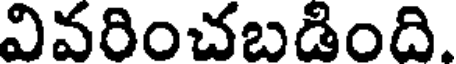
వివరించబడింది.